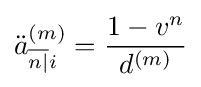
{\ddot {a}}_{{\overline {n|}}i}^{(m)}={\frac {1-v^{n}}{d^{(m)}}}